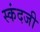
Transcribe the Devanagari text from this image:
स्कंदजी